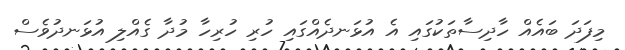
މިފަދަ ބައެއް ހާދިސާތަކުގައި އެ އުޅަނދެއްގައި ހުރި ހުރިހާ މުދާ ގެއްލި އުޅަނދުވެސް